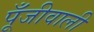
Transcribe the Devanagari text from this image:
पूँजीवाली